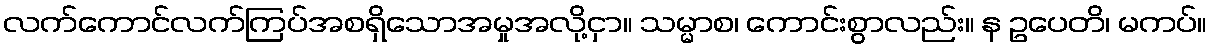
လက်ကောင်လက်ကြပ်အစရှိသောအမှုအလို့ငှာ။ သမ္မာစ၊ ကောင်းစွာလည်း။ န ဥပေတိ၊ မကပ်။